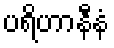
ပရိဟာနီနံ